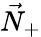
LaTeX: \vec{N}_{+}